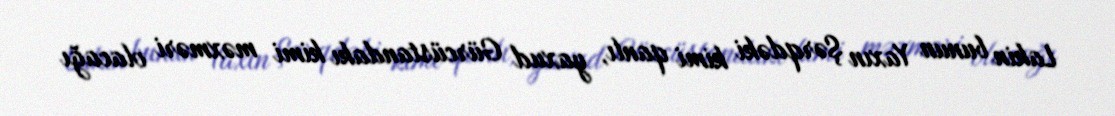
Lakin bunun Yaxın Şərqdəki kimi qanlı, yaxud Gürcüstandakı kimi məxməri olacağı